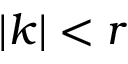
\vert k \vert < r